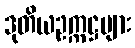
ဒုတိယဥက္ကဋ္ဌများ